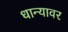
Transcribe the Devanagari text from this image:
धान्यावर